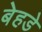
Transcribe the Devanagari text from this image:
बेहडे